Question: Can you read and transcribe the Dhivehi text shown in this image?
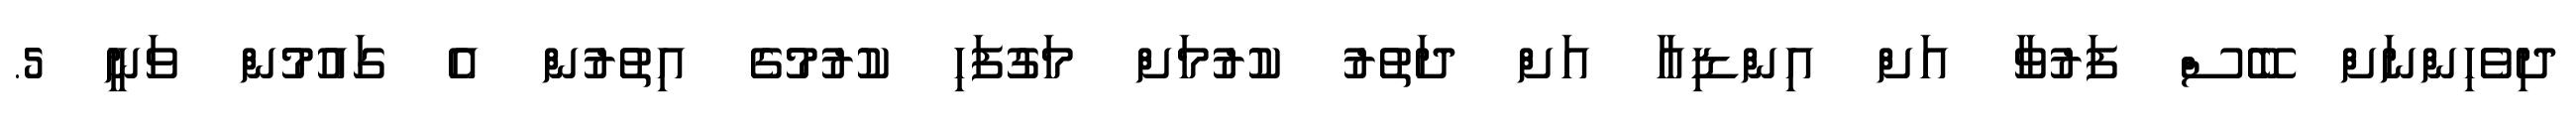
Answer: ދިވެހިންނަށް ބޭސް ފަރުވާ އަށް އިންޑިއާ އަށް ދަތުރު ކުރުމަށް މަގުފަހި ކުރުމުގެ އިތުރުން އެ ގައުމުން ވަނީ 5.